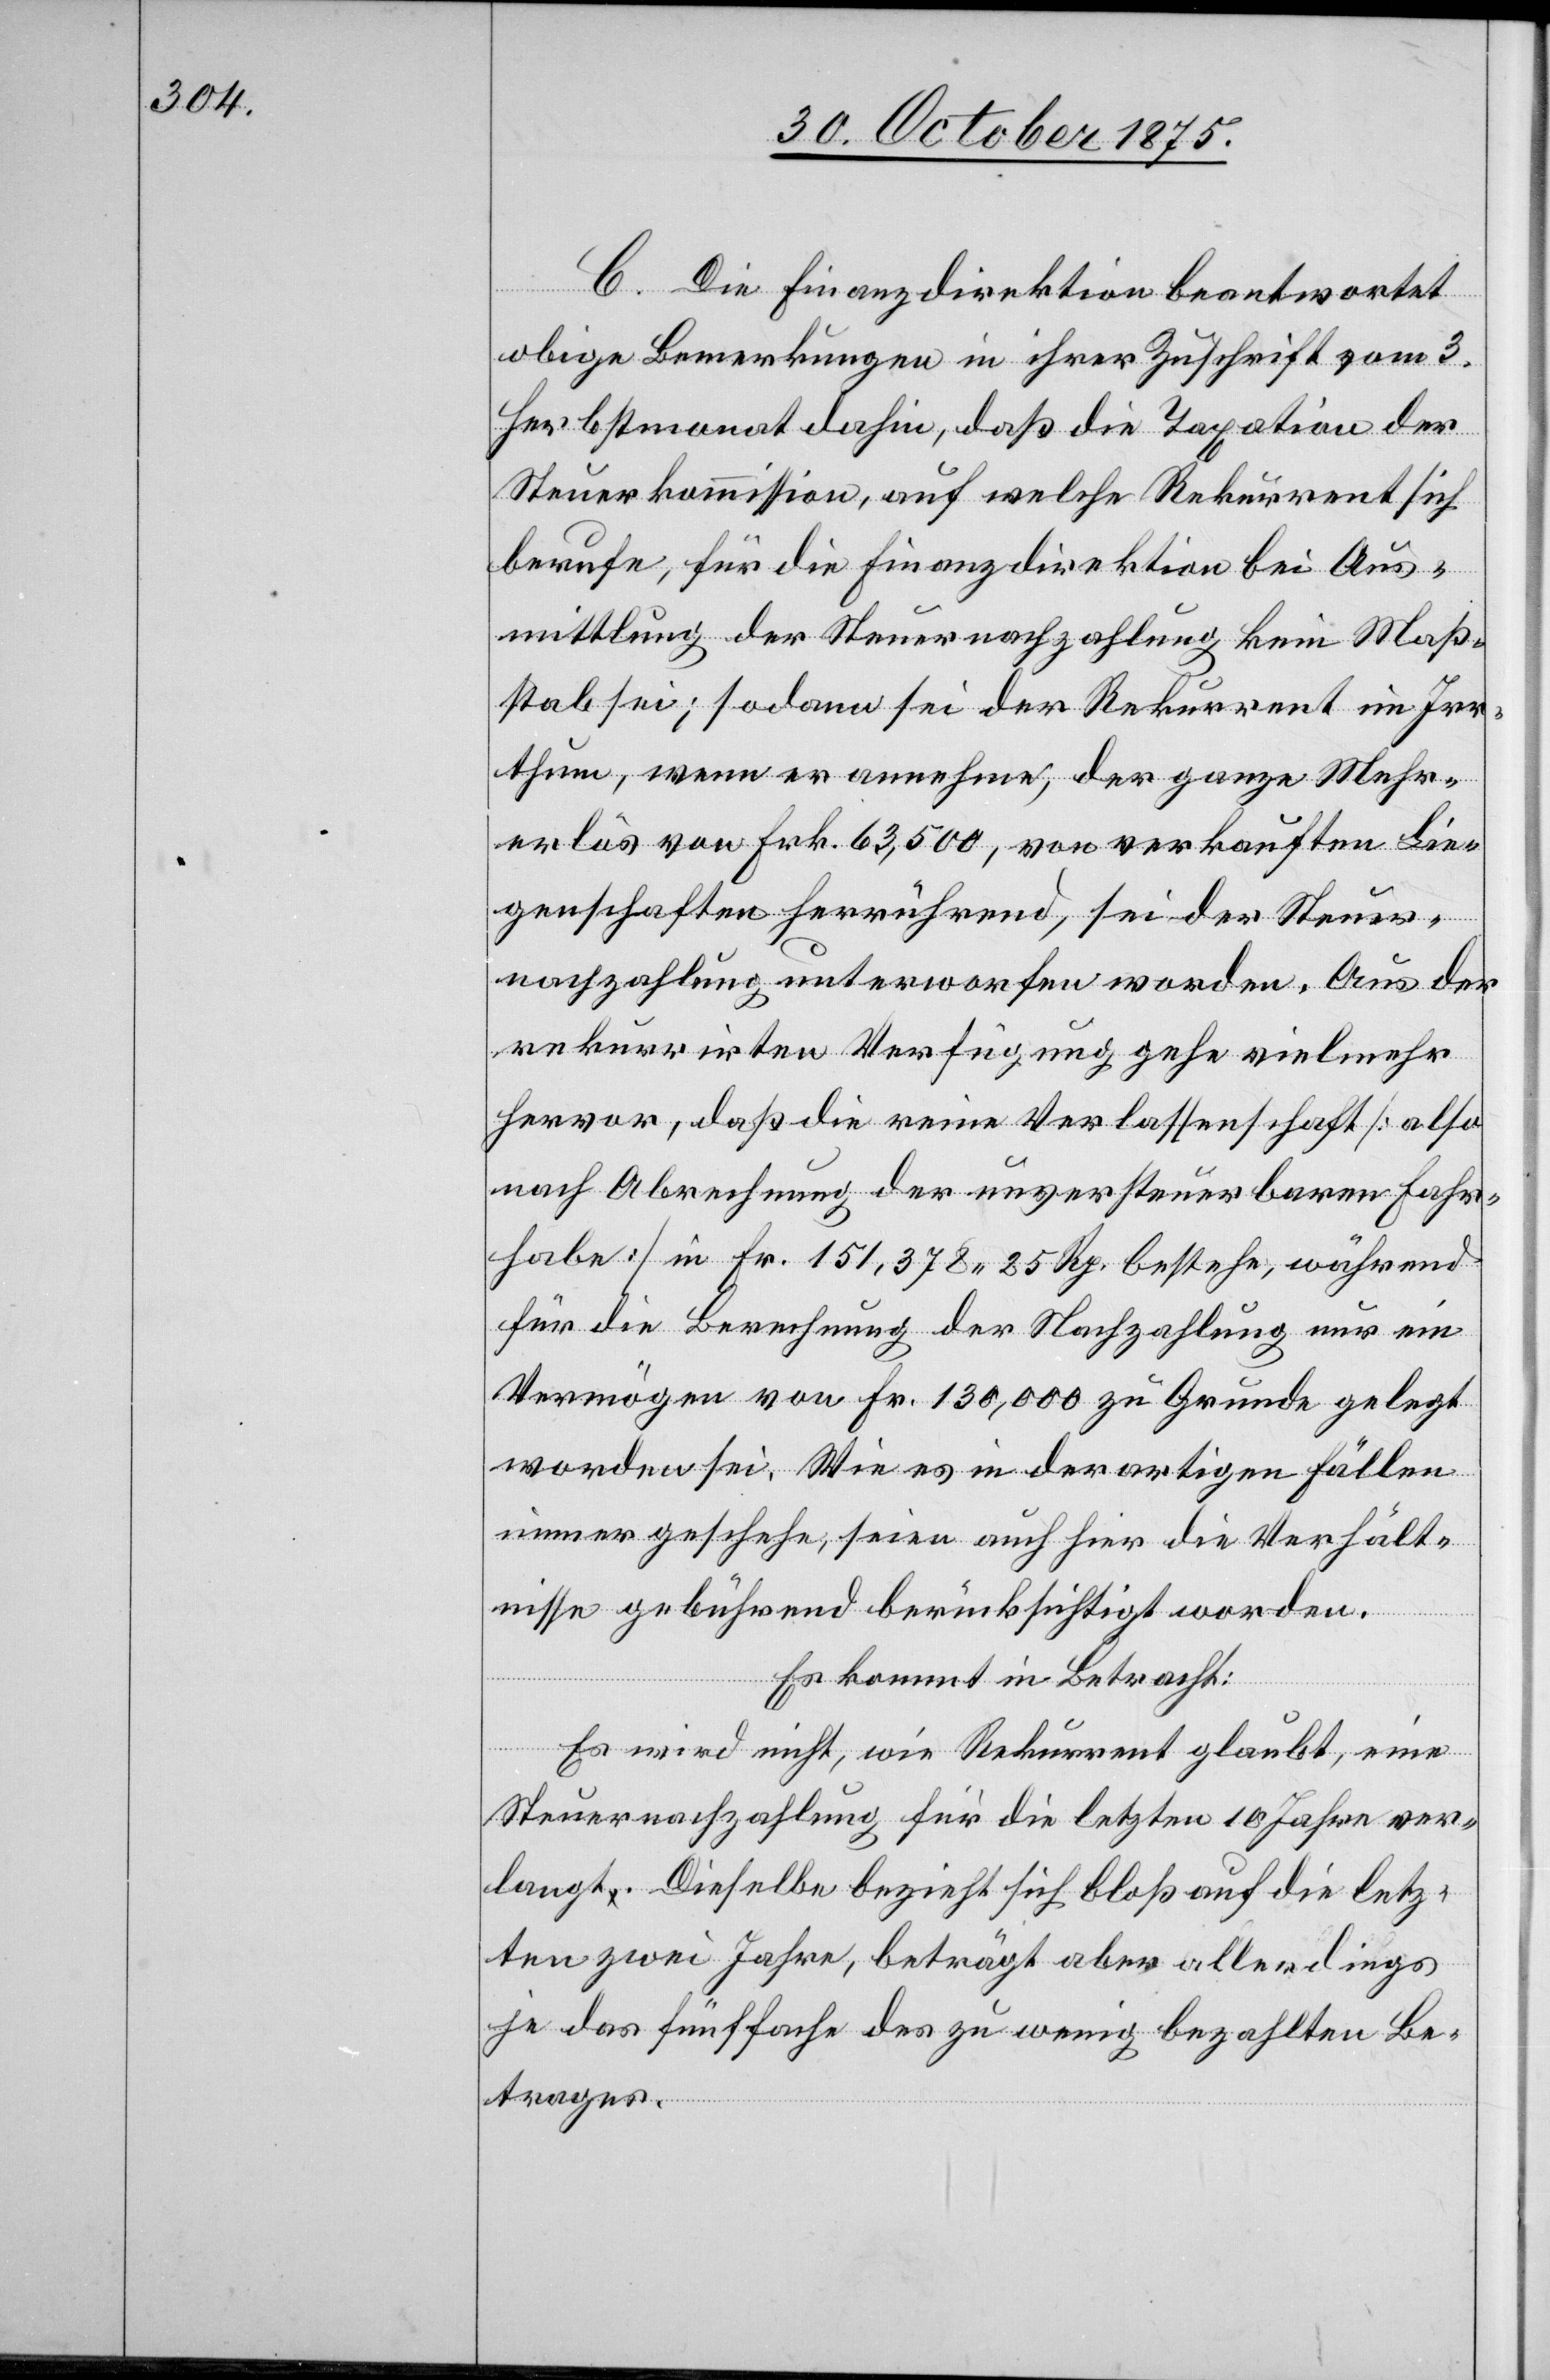
C. Die Finanzdirektion beantwortet
obige Bemerkungen in ihrer Zuschrift vom 3.
Herbstmonat dahin, daß die Taxation der
Steuerkommission, auf welche Rekurrent sich
berufe, für die Finanzdirektion bei Aus¬
mittlung der Steuernachzahlung kein Maß¬
stab sei; sodann sei der Rekurrent im Irr¬
thum, wenn er annehme, der ganze Mehr¬
erlös von Frk. 63,500, von verkauften Lie¬
genschaften herrührend, sei der Steuer¬
nachzahlung unterworfen worden. Aus der
rekurrirten Verfügung gehe vielmehr
hervor, daß die reine Verlassenschaft [also
nach Abrechnung der unversteuerbaren Fahr¬
habe] in Fr. 151,378 25 Rp. bestehe, während
für die Berechnung der Nachzahlung nur ein
Vermögen von Fr. 130,000 zu Grunde gelegt
worden sei. Wie es in derartigen Fällen
immer geschehe, seien auch hier die Verhält¬
nisse gebührend berücksichtigt worden.
Es kommt in Betracht:
Es wird nicht, wie Rekurrent glaubt, eine
Steuernachzahlung für die letzten 10 Jahre ver¬
langt. Dieselbe bezieht sich bloß auf die letz¬
ten zwei Jahre, beträgt aber allerdings
je das fünffache des zu wenig bezahlten Be¬
trages.